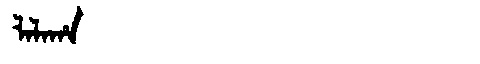
Manchu: ᠯᠠᠯᠠᡥᠠ
Romanization: LALAHA